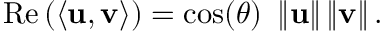
\operatorname { R e } \left( \langle \mathbf { u } , \mathbf { v } \rangle \right) = \cos ( \theta ) \ \left\| \mathbf { u } \right\| \left\| \mathbf { v } \right\| .